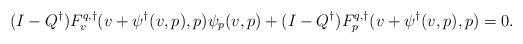
LaTeX: \begin{align*}(I-Q^\dagger)F^{q,\dagger}_v(v+\psi^\dagger(v,p),p)\psi_p(v,p) + (I-Q^\dagger)F^{q,\dagger}_p(v+\psi^\dagger(v,p),p) = 0.\end{align*}